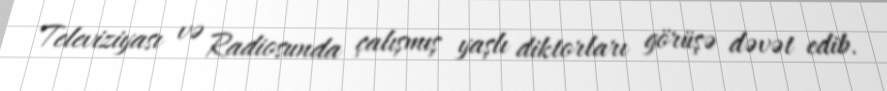
Televiziyası və Radiosunda çalışmış yaşlı diktorları görüşə dəvət edib.